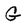
Character: G